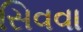
સિવવા